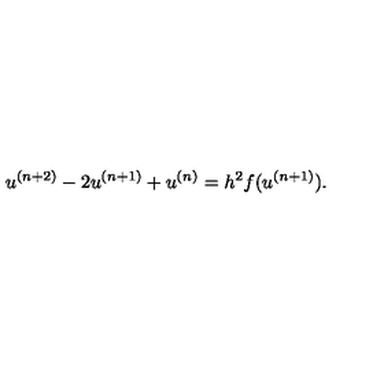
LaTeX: u ^ { ( n + 2 ) } - 2 u ^ { ( n + 1 ) } + u ^ { ( n ) } = h ^ { 2 } f ( u ^ { ( n + 1 ) } ) .